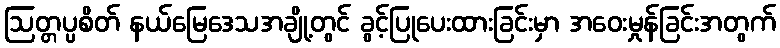
ဩတ္တပ္ပစိတ် နယ်မြေဒေသအချို့တွင် ခွင့်ပြုပေးထားခြင်းမှာ အဝေးမှုန်ခြင်းအတွက်